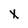
Character: X